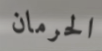
الحرمان